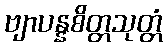
ဗျာပန္နစိတ္တသုတ္တံ